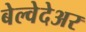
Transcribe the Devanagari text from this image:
बेल्वेदेअर